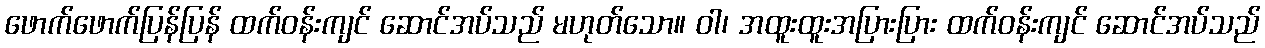
ဖောက်ဖောက်ပြန်ပြန် ထက်ဝန်းကျင် ဆောင်အပ်သည် မဟုတ်သော။ ဝါ၊ အထူးထူးအပြားပြား ထက်ဝန်းကျင် ဆောင်အပ်သည်